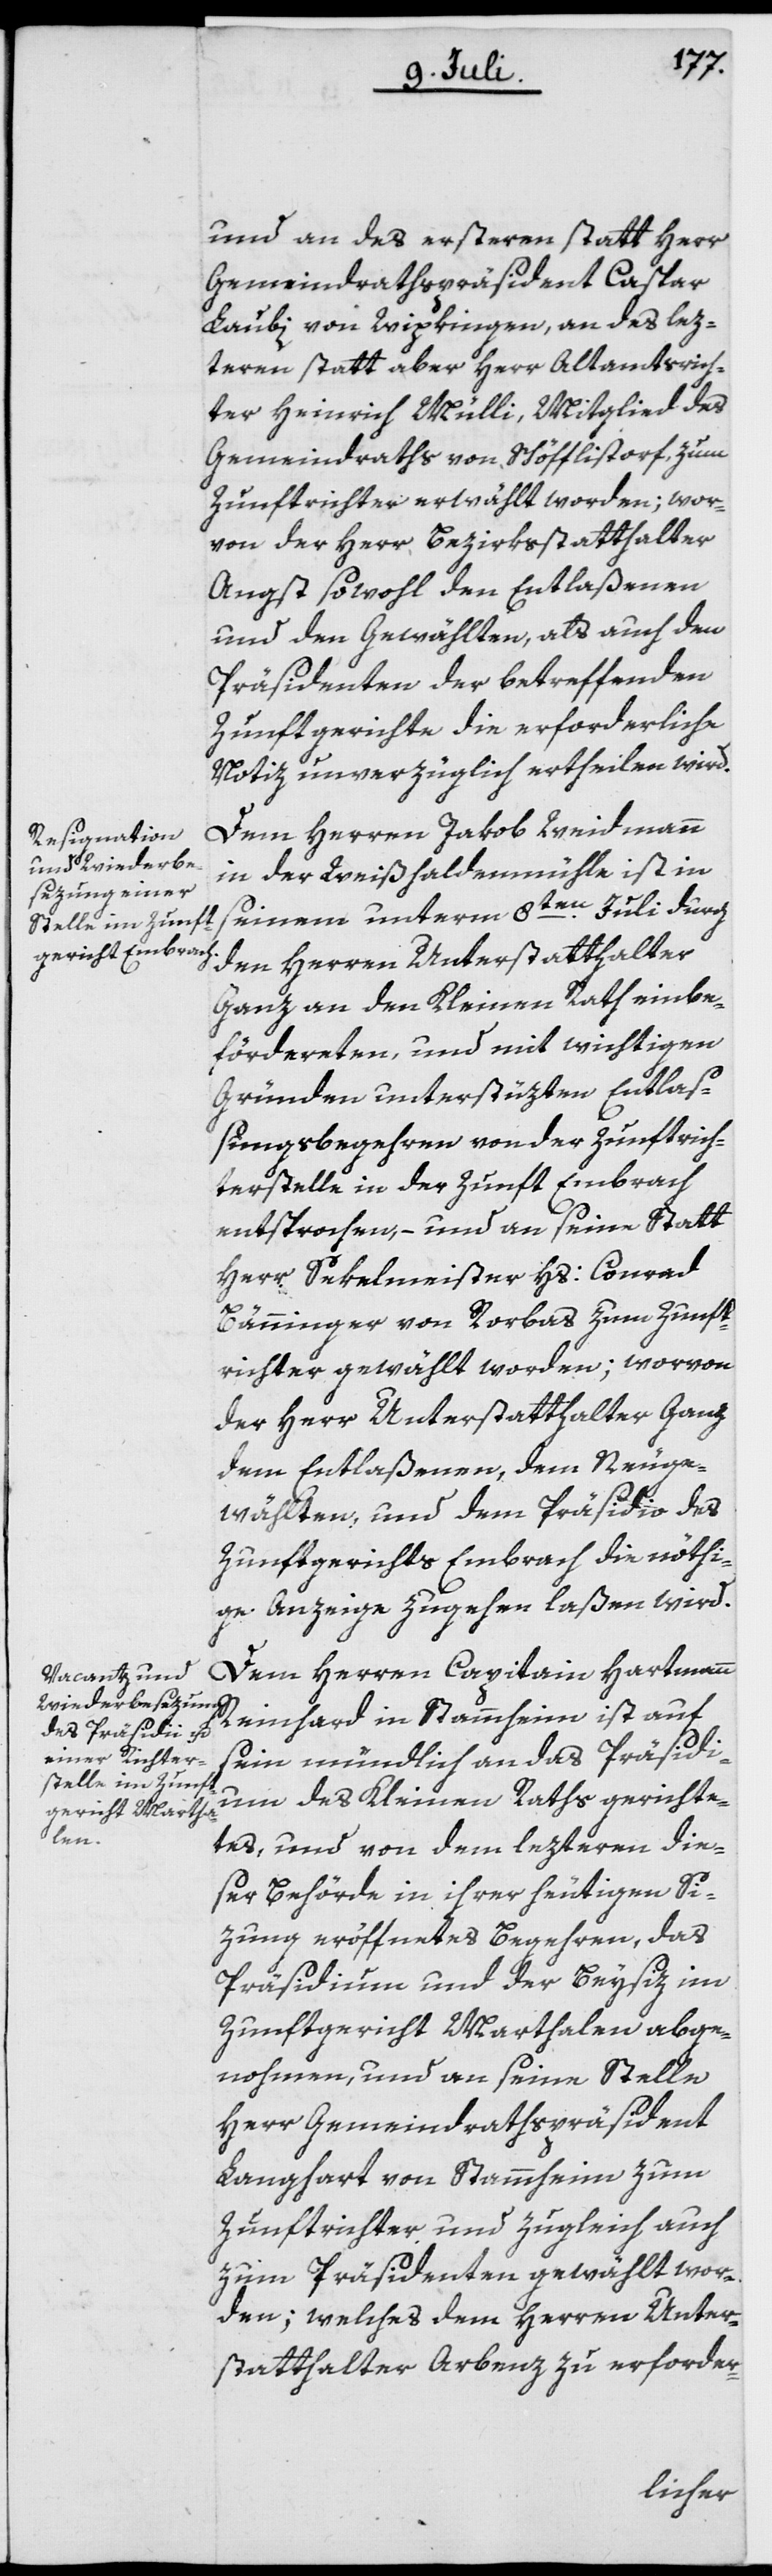
und an des ersteren statt Herr
Gemeindrathspräsident Caspar
Laubi von Wipkingen, an des lez¬
teren statt aber Herr Altlantsrich¬
ter Heinrich Mülli, Mitglied des
Gemeindraths von Schöfflistorf, zum
Zunftrichter erwählt worden; wor¬
von der Herr Bezirksstatthalter
Angst sowohl den Entlaßenen
und den Gewählten, als auch den
Präsidenten der betreffenden
Zunftgerichte die erforderliche
Notiz unverzüglich ertheilen wird.
Dem Herren Jakob Weidmann
in der Weißhaldenmühle ist in
seinem unterm 8ten Juli durch
den Herren Unterstatthalter
Ganz an den Kleinen Rath einbe¬
fördereten, und mit wichtigen
Gründen unterstüzten Entlaß¬
ungsbegehren von der Zunftrich¬
terstelle in der Zunft Embrach
entsprochen, – und an seine Statt
Herr Sekelmeister Hs: Conrad
Bänninger von Rorbas zum Zunft¬
richter gewählt worden; worvon
der Herr Unterstatthalter Ganz
dem Entlaßenen, dem Neuge¬
wählten, und dem Präsidio des
Zunftgerichts Embrach die nöthi¬
ge Anzeige zugehen laßen wird.
Dem Herren Capitain Hartmann
Reinhard in Stammheim ist auf
sein mündlich an das Präsidi¬
um des Kleinen Raths gerichte¬
tes, und von dem lezteren die¬
ser Behörde in ihrer heutigen Si¬
zung eröffnetes Begehren, das
Präsidium und der Beysiz im
Zunftgericht Marthalen abge¬
nohmen, und an seine Stelle
Herr Gemeindrathspräsident
Langhart von Stammheim zum
Zunftrichter und zugleich auch
zum Präsidenten gewählt wor¬
den; welches dem Herren Unter¬
statthalter Arbenz zu erforder-